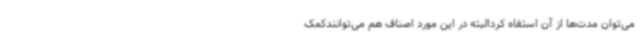
می‌توان مدت‌ها از آن استفاه کردالبته در این مورد اصناف هم می‌توانندکمک